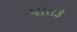
પાતક